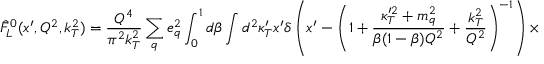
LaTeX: \hat { F } _ { L } ^ { 0 } ( x ^ { \prime } , Q ^ { 2 } , k _ { T } ^ { 2 } ) = { \frac { Q ^ { 4 } } { \pi ^ { 2 } k _ { T } ^ { 2 } } } \sum _ { q } e _ { q } ^ { 2 } \int _ { 0 } ^ { 1 } d \beta \int d ^ { 2 } \kappa _ { T } ^ { \prime } x ^ { \prime } \delta \left( x ^ { \prime } - \left( 1 + { \frac { \kappa _ { T } ^ { \prime 2 } + m _ { q } ^ { 2 } } { \beta ( 1 - \beta ) Q ^ { 2 } } } + { \frac { k _ { T } ^ { 2 } } { Q ^ { 2 } } } \right) ^ { - 1 } \right) \times \nonumber